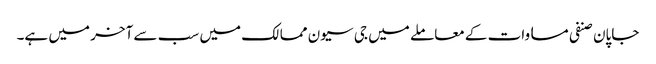
جاپان صنفی مساوات کے معاملے میں جی سیون ممالک میں سب سے آخر میں ہے۔